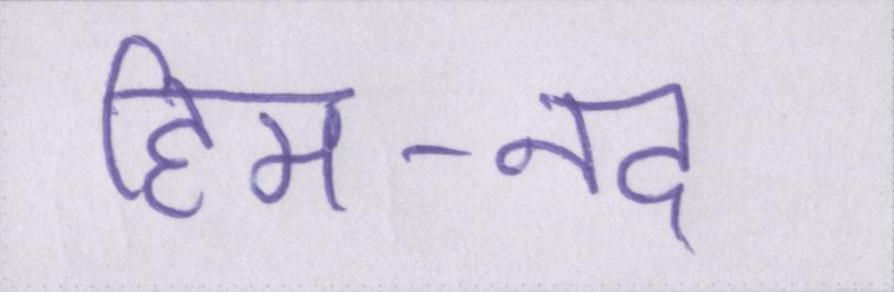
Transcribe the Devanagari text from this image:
हिम-नद